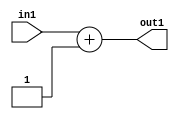
`timescale 1ps / 1ps
/*****************************************************************************
    Verilog RTL Description
    
    
    Created by: Stratus DpOpt 2019.1.01 
*******************************************************************************/

module bias_addr_gen_Add2i1u16_4 (
	in1,
	out1
	); /* architecture "behavioural" */ 
input [15:0] in1;
output [15:0] out1;
wire [15:0] asc001;

assign asc001 = 
	+(in1)
	+(16'B0000000000000001);

assign out1 = asc001;
endmodule

/* CADENCE  urn5TgA= : u9/ySgnWtBlWxVPRXgAZ4Og= ** DO NOT EDIT THIS LINE ******/